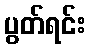
ပွတ်ရင်း